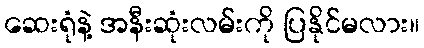
ဆေးရုံနဲ့ အနီးဆုံးလမ်းကို ပြနိုင်မလား။